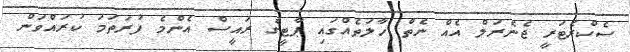
ސެކްރެޓަރީ ޖެނެރަލް އެއް ނެތް ހާލަތެއްގައި ޕާޓީގެ ރައީސް އެންމެ ފުރަތަމަ ކުރައްވަން